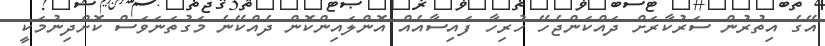
އޭގެ އިތުރުން ސަރުކާރަށް ދައްކަންޖެހޭ ހުރިހާ ފައިސާއެއް އޮންލައިންކޮން ދެއްކޭނެ މަގުތަނަވަސް ކޮށްދިނުމަކީ